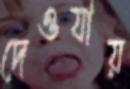
দেওযায়